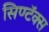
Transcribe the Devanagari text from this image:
सिण्टॅक्स